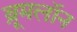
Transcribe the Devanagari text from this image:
ब्रूमलॉन